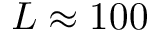
L \approx 1 0 0